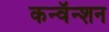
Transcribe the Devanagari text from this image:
कन्वॅन्शन